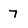
Character: 7